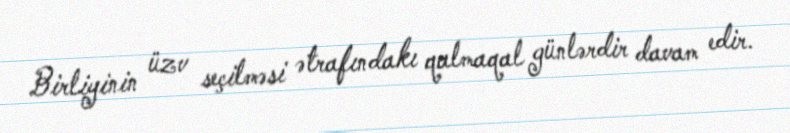
Birliyinin üzv seçilməsi ətrafındakı qalmaqal günlərdir davam edir.